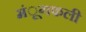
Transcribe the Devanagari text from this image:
मंूगफली